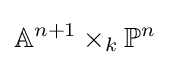
\mathbb {A} ^{n+1}\times _{k}\mathbb {P} ^{n}